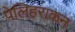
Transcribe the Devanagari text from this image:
पेलिहराकन